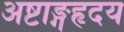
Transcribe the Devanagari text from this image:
अष्टाङ्गहृदय